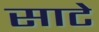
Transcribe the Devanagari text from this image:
साटे